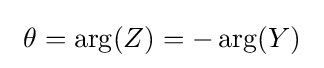
\ \theta =\arg(Z)=-\arg(Y)\